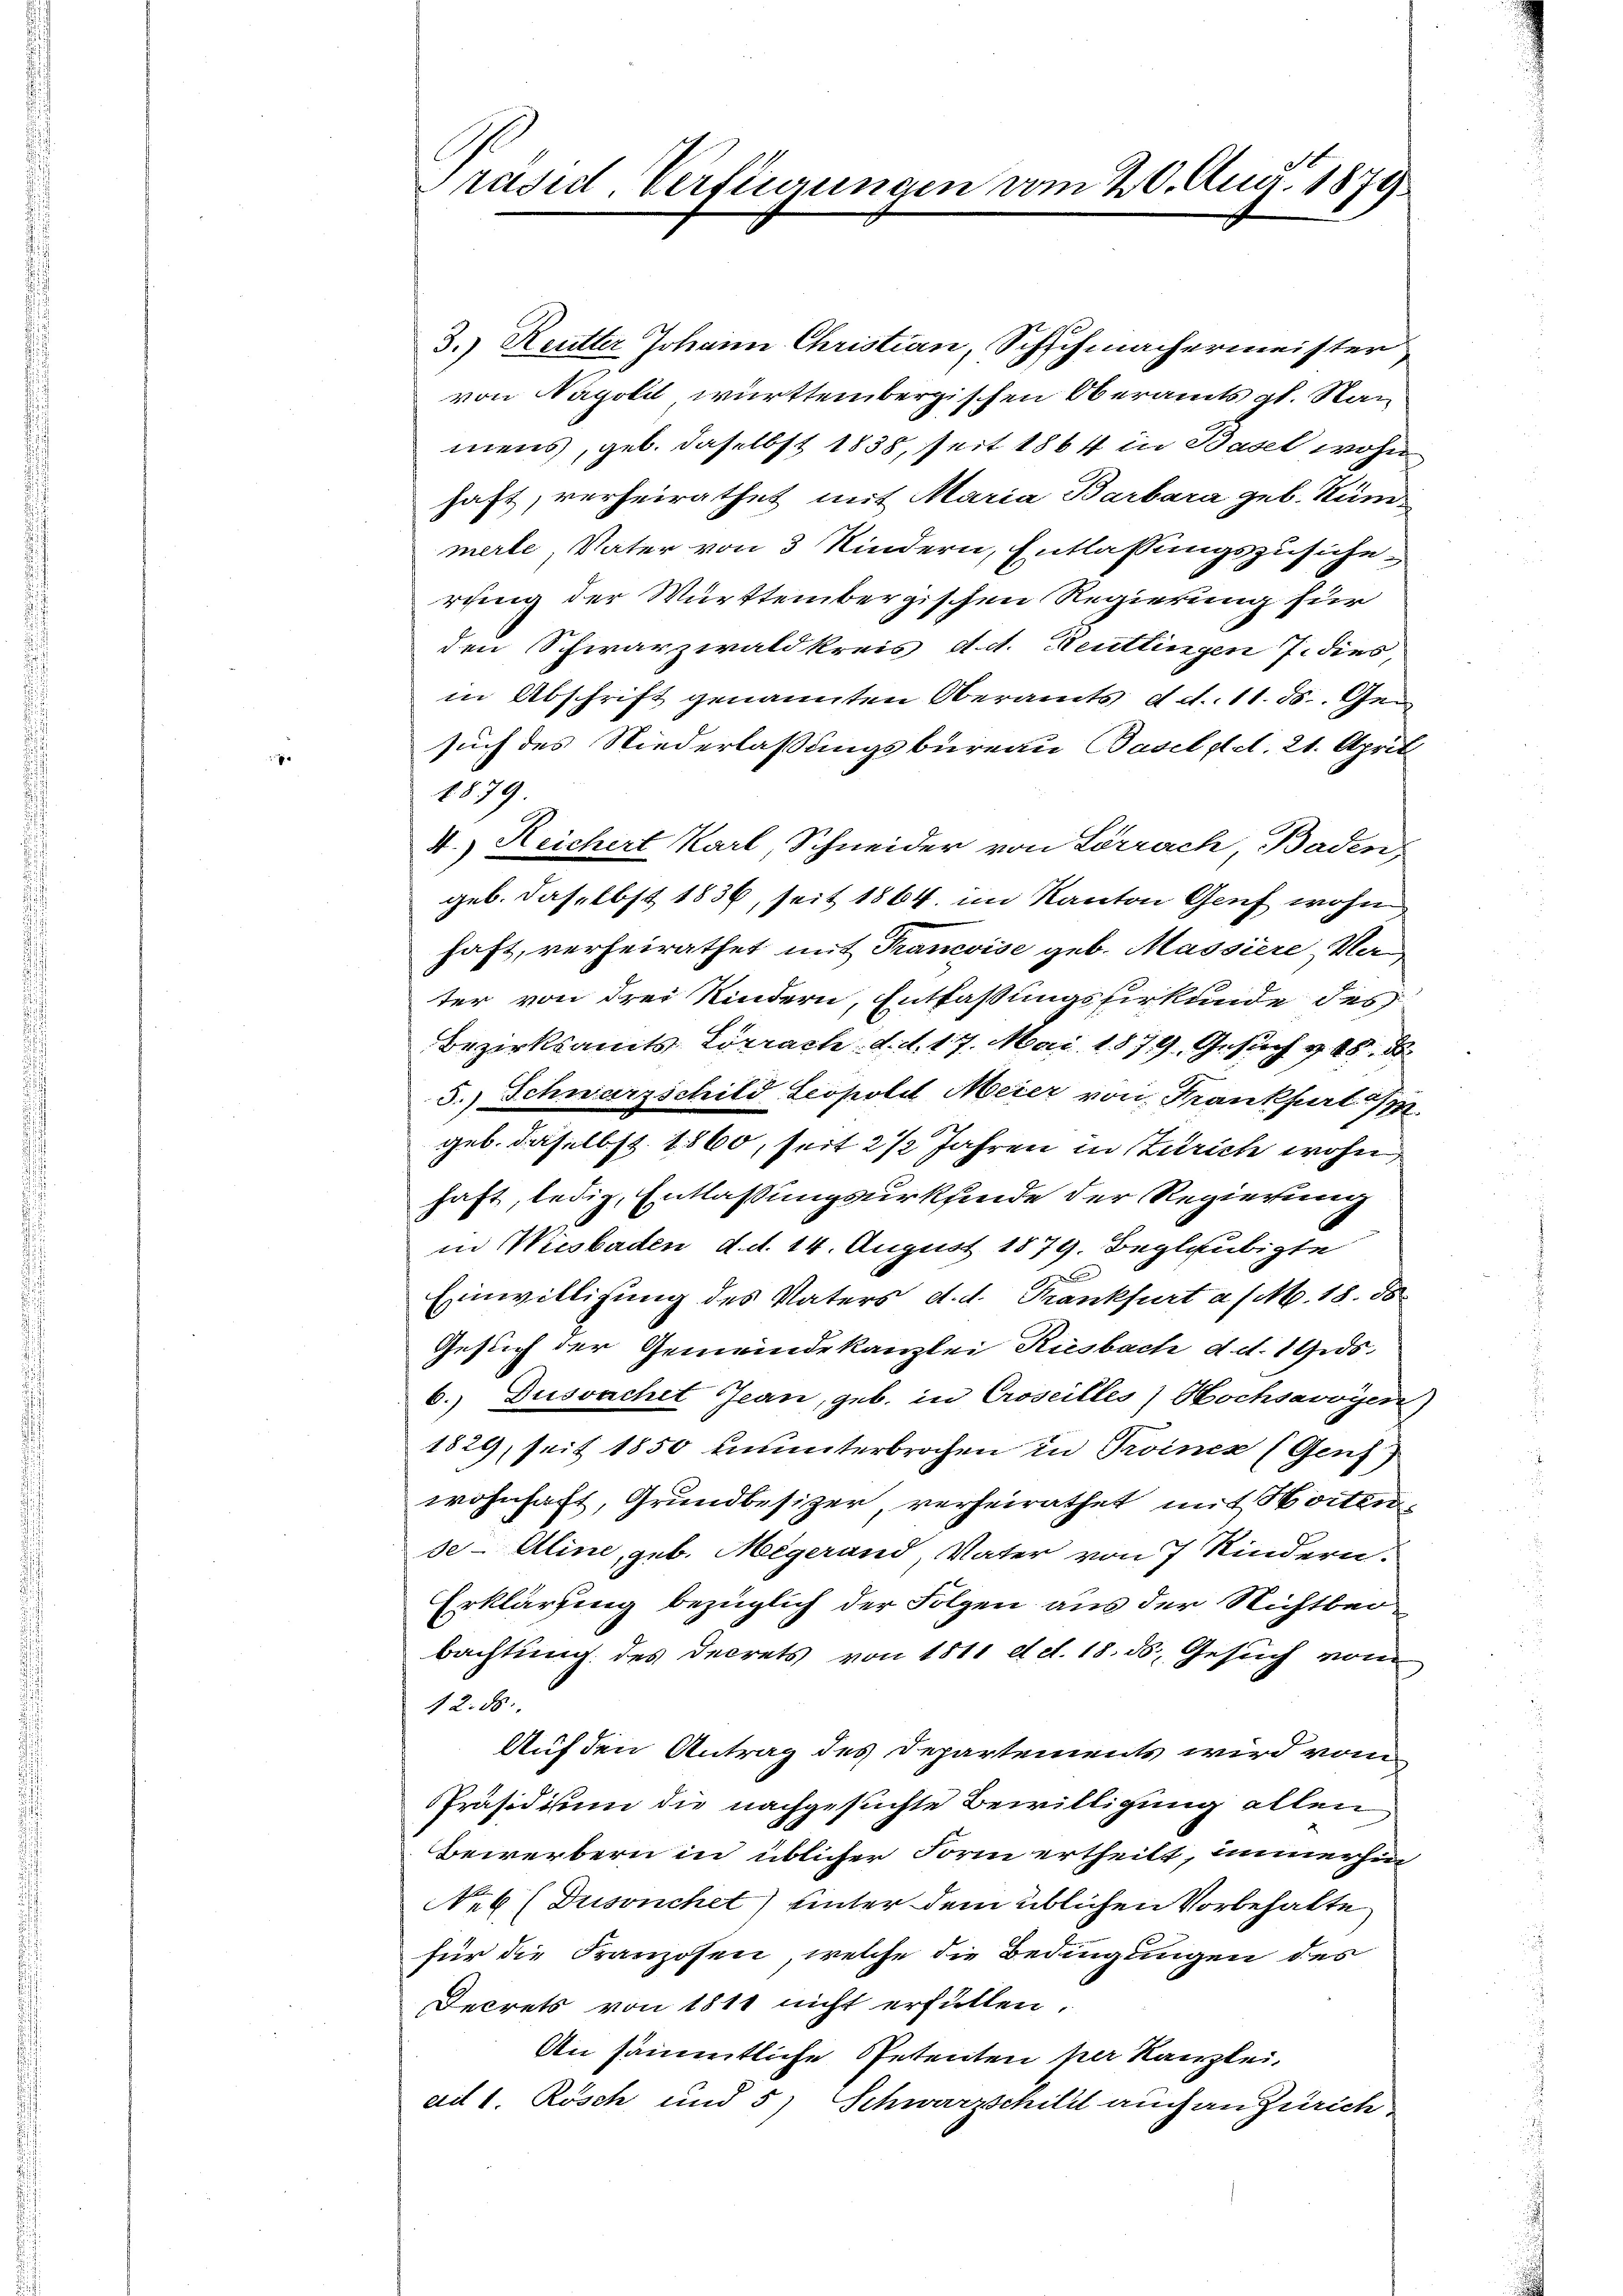
Präsid. Verfügungen vom 20. Aug. 1879

3.) Reutter Johann Christian, Schuchmachermeister
von Napolet württembergischen Oberamts gl. Stan
mens, geb. daselbst 1838, seit 1864 in Basel wohn
haft, verheirathet mit Maria Barbara geb. Stund
merle, Vater von 3 Kindern, Entlassungszusicherung der Württembergischen Regierung für
den Schwarzwaldkreis d. d. Reutlingen 7. dies,
in Abschrift genannten Oberamts d. d. 11. 58. Gesuch des Niederlassungsbureau Baselst d. 21. April
1879
4.) Reichert Karl Schneider von Lörrach Baden
geb. daselbst 1836, seit 1864 im Kanton Genf wohn
haft, verheirathet mit Francoise geb. Massiere, Van
ter von drei Kindern, Entfassungshirkunde des
Bezirksamts Lörrach. d. d. 17. Mai 1879. Gesuch v. 18. d
5.) Schwarz schild Leopold Meier von Frankfurt
geb. daselbst 1860, seit 2 1/2 Jahren in Zürich wohn
haft, ledig, Entlassungsurkfinde der Regierung
in Wiesbaden d. d. 14. August 1879. Beglaubigte
F
Einwilligung des Vaters d. d. Frankfurt a/M. 18. 58
Gesuch der Gemeindekanzlei Riesbach d. d. 19.ds.
6.) Dussachet Jean, geb. in Croseilles Hochsavoyen
1829, seit 1850 ununterbrochen in Troines (Genf)
wohnhaft, Grundbesizer, verheirathet mit Horten,
se- Aline, geb. Megerand Vater von 7 Kindern.
Erklärung bezüglich der Folgen aus der Nichtbeobachtung des Decrets von 1811 d. d. 18. ds. Gesuch vom
42. 58.
Auf den Antrag des Departements wird von
PPräsidium die nachgesuchte Bewilligung allen
Bewerbern in üblicher Form ertheilt, immerhin
Neb (Dussuchet unter dem üblichen Vorbehalte
für die Franzosen, welche die Bedingungen des
Decrets von 1811 nicht erfüllen.
An sämmtliche Petenten per Kanzlei,
ad 1. Rosch und 5) Schwarzschild auch an Zürich